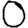
Digit: 0